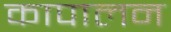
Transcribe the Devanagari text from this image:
कापालन